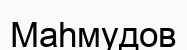
Маһмудов